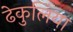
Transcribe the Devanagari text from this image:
ढेकुलिया